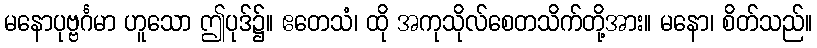
မနောပုဗ္ဗင်္ဂမာ ဟူသော ဤပုဒ်၌။ ဧတေသံ၊ ထို အကုသိုလ်စေတသိက်တို့အား။ မနော၊ စိတ်သည်။